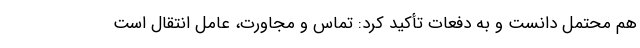
هم محتمل دانست و به دفعات تأکید کرد: تماس و مجاورت، عامل انتقال است